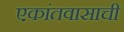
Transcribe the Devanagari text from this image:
एकांतवासाची